Report on vaccination in the Province of Bengal - 1874-1889
Year: 1874
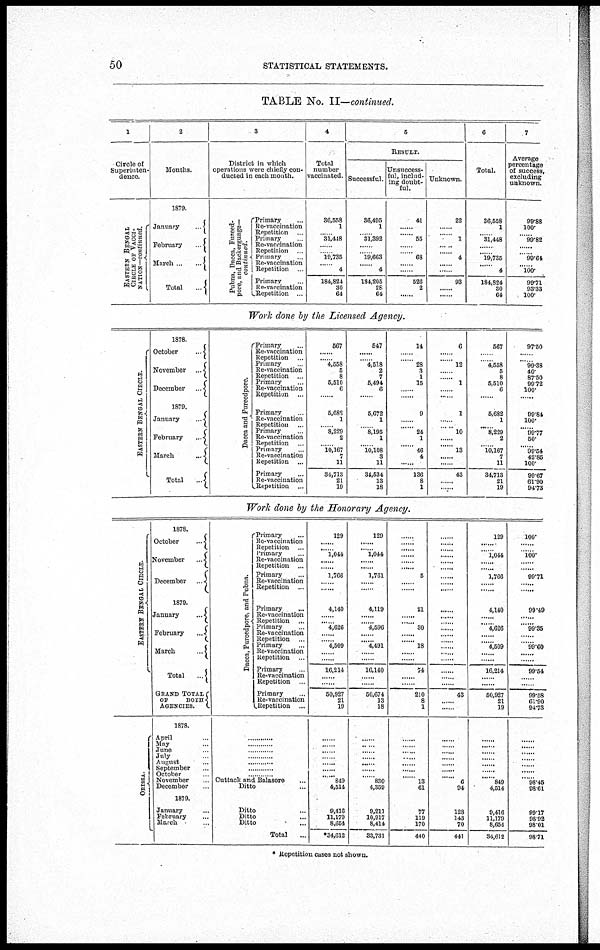
50
STATISTICAL STATEMENTS.
TABLE No. II—continued.
1
Circle of
Superinten-
-----.
EASTERN BENGAL
CIRCLE OF VACCI¬
NATION—continued.
2
Months.
1879.
January
...
February
...
March
...
...
Total
...
3
District in which
operations were chiefly con-
ducted in each month.
Pubna, Dacca, Fureed¬
pore, and Backergunge—
continued.
Primary ...
Re-vaccination
Repetition ...
Primary ...
Re-vaccination
Repetition ...
Primary ...
Re-vaccnation
Repetition ...
Primary ...
Re-vaccination
Repetition ...
4
Total
number
vaccinated.
36,558
1
......
31,448
......
......
19,735
......
4
184,824
30
64
5
RESULT.
Successful.
36,495
1
......
31,392
......
......
19,663
......
4
184,205
28
64
Unsuccess¬
ful, includ-
ing doubt-
ful.
41
......
......
55
......
......
68
......
......
526
2
......
Unknown.
22
......
......
1
......
......
4
......
......
93
......
......
6
Total.
36,558
1
......
31,448
......
......
19,735
......
4
184,824
30
64
7
Average
percentage
of success,
excluding
unknown.
99.88
100.
......
99.82
......
......
99.64
......
100.
99.71
93.33
100.
Work done by the Licensed Agency.
EASTERN BENGAL CIRCLE.
1878.
October
...
November ...
December
...
1879.
January
...
February
...
March
...
Total
...
Dacca and Fureedpore.
Primary ...
Re-vaccination
Repetition ...
Primary ...
Re-vaccination
Repetition ...
Primary ...
Re-vaccination ...
Repetition ...
Primary ...
Re-vaccination
Repetition ...
Primary ...
Re-vaccination
Repetition ...
Primary ...
Re-vaccination
Repetition ...
Primary ...
Re-vaccination
Repetition ...
567
......
......
4,558
5
8
5,510
6
...
5,682
1
......
8,229
2
...... 10,167
7
11
34,713
21
19
547
......
......
4,518
2
7
5,494
6
......
5,672
1
......
8,195
1
......
10,108
3
11
34,534
13
18
14
......
......
28
3
1
15
......
......
9
......
......
24
1
......
46
4
......
136
8
1
6
......
......
12
......
......
1
......
......
1
......
......
10
......
......
13
......
......
43
......
......
567
......
......
4,558
5
8
6,510
6
......
5,582
1
......
8,229
2
......
10,167
7
11
34,713
21
19
97.50
......
......
99.38
40.
87.50
99.72
100.
......
99.84
100.
......
09.77
50.
......
99.64
42.86
100.
99.67
61.90
94.73
Work done by the Honorary Agency.
EASTERN BENGAL CIRCLE.
ORISSA.
1878.
October
...
November
...
December
...
1879.
January
...
February
...
March
...
Total
...
GRAND TOTAL
OF
BOTH
AGENCIES.
1878.
April ...
May ...
June ...
July ...
August ...
September ...
October ...
November ...
December ...
1879.
January
...
February ...
March ...
Dacca, Fureedpore, and Pubna.
Primary ...
Re-vaccination
Repetition ...
Primary ...
Re-vaccination
Repetition ...
Primary ...
Re-vaccination
Repetition ...
Primary
...
Re-vaccination
Repetition ...
Primary ...
Re-vaccination
Repetition ...
Primary ...
Re-vaccination
Repetition ...
Primary ...
Re-vaccination
Repetition ...
Primary ...
Re-vaccination
Repetition ...
............
............
............
............
............
............
............
Cuttack and Balasore ...
Ditto ...
Ditto ...
Ditto ...
Ditto ...
Total ...
129
......
......
1,044
......
......
1,766
......
......
4,140
......
......
4,626
......
......
4,509
......
......
16,214
......
......
50,927
21
19
......
......
......
......
......
......
......
849
4,514
9,416
11,179
8,654
*34,612
129
......
......
1,044
......
......
1,761
......
......
4,119
......
......
4,596
......
......
4,491
......
......
16,140
......
......
50,674
13
18
......
......
......
......
......
......
......
830
4,359
9,211
10,917
8,414
33,731
......
......
......
......
......
......
5
......
......
21
......
......
30
......
......
18
......
......
74
......
......
210
8
1
......
......
......
......
......
......
......
13
61
77
119
170
440
......
......
......
......
......
......
......
......
......
......
......
......
......
......
......
......
......
......
......
......
......
43
......
......
......
......
......
......
......
......
......
6
94
128
143
70
441
129
......
......
1,044
......
......
1,766
......
......
4,140
......
......
4,626
......
......
4,509
......
......
16,214
......
......
50,927
21
19
......
......
......
......
......
......
......
849
4,514
9,416
11,179
8,654
34,612
100.
......
......
100.
......
......
99.71
......
......
99.49
......
......
99.35
......
......
99.60
......
......
99.54
......
......
99.58
61.90
94.73
......
......
......
......
......
......
......
98.45
98.61
99.17
98.92
98.01
98.71
* Repetition cases not shown.